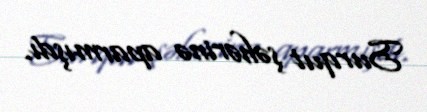
Surqut şəhərinə aparmışdı.